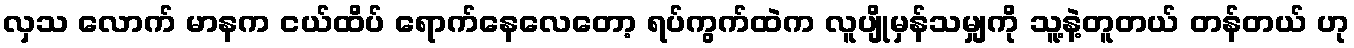
လှသ လောက် မာနက ငယ်ထိပ် ရောက်နေလေတော့ ရပ်ကွက်ထဲက လူပျိုမှန်သမျှကို သူ့နဲ့တူတယ် တန်တယ် ဟု